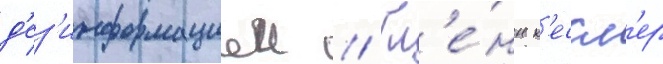
д'ез'информациеи // Гл'е́нн к'ессл'ер